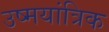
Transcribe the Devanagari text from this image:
उष्मयांत्रिक